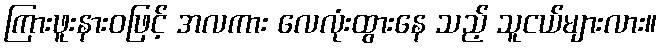
ကြားဖူးနားဝဖြင့် အလကား လေလုံးထွားနေ သည့် သူငယ်များလား။